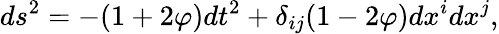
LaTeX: ds^{2}=-(1+2\varphi)dt^{2}+\delta_{ij}(1-2\varphi)dx^{i}dx^{j},